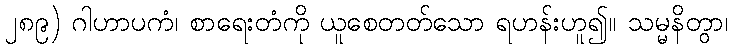
၂၈၉) ဂါဟာပကံ၊ စာရေးတံကို ယူစေတတ်သော ရဟန်းဟူ၍။ သမ္မနိတွာ၊